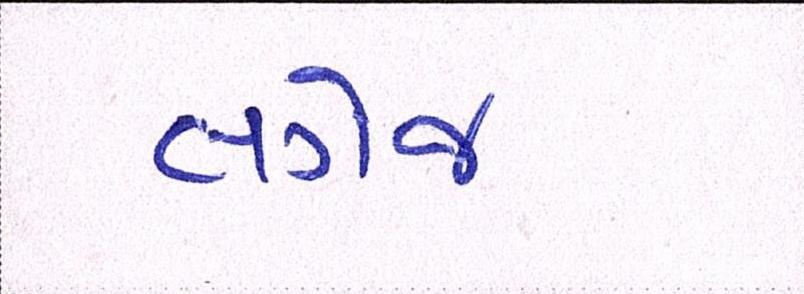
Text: લગેજ